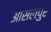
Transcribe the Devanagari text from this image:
आसलपुर